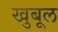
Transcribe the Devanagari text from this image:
खुबूल